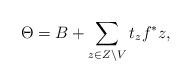
LaTeX: \begin{align*}\Theta = B+ \sum_{z\in Z\setminus V} t_z f^* z,\end{align*}